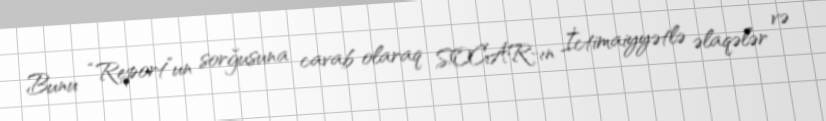
Bunu “Report”un sorğusuna cavab olaraq SOCAR-ın İctimaiyyətlə əlaqələr və